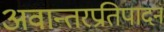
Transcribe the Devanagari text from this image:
अवान्तरप्रतिपादन